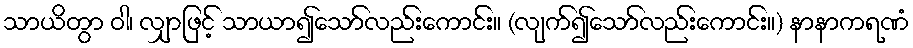
သာယိတွာ ဝါ၊ လျှာဖြင့် သာယာ၍သော်လည်းကောင်း။ (လျက်၍သော်လည်းကောင်း။) နာနာကရဏံ